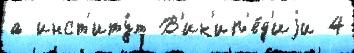
а инст'иту́т В'ик'ип'е́д'иjи 4